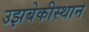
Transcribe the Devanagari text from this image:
उझबेकीस्थान